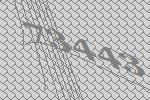
73443